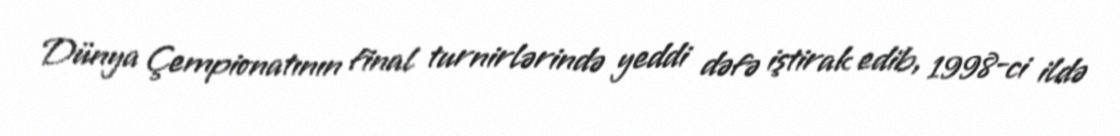
Dünya Çempionatının final turnirlərində yeddi dəfə iştirak edib, 1998-ci ildə